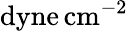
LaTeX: \mathrm{{dyne\thinspace cm^{-2}}}